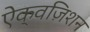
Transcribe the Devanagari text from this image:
ऐक्वज़िशन